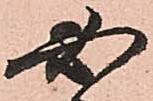
必